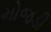
મોજડી